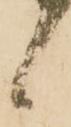
候